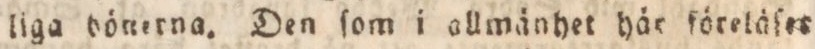
liga bönerna. Den ſom i allmänhet här föreläſer